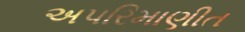
અપરિમાણીત